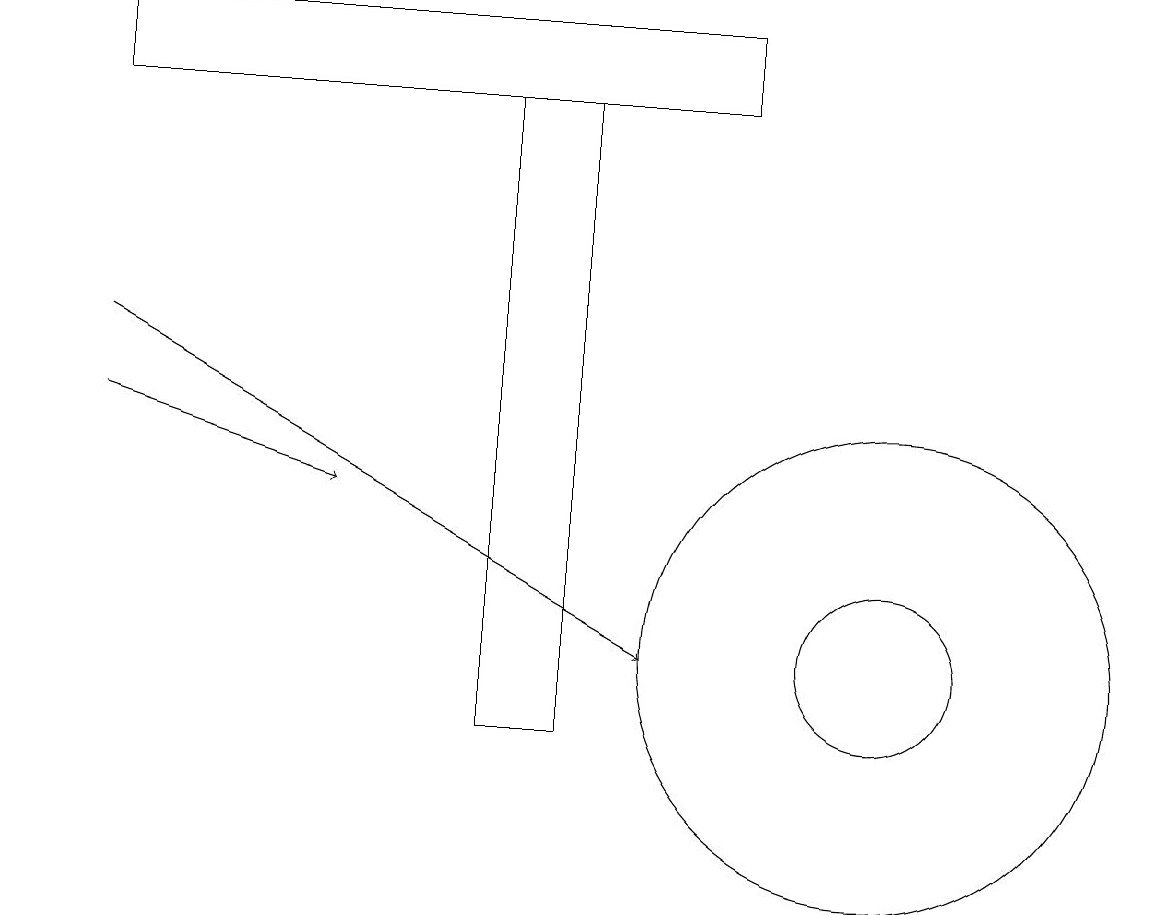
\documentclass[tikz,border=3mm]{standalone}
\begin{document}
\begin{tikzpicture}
\draw (11,11) circle (1);
\draw (1,18) rectangle (9,19);
\draw[->] (1,14) -- (4,13);
\draw (7,10) rectangle (6,18);
\draw (11,11) circle (3);
\draw (0,12) rectangle (0,12);
\draw[->] (1,15) -- (8,11);
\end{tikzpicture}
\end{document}